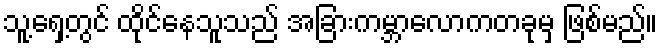
သူ့ရှေ့တွင် ထိုင်နေသူသည် အခြားကမ္ဘာလောကတခုမှ ဖြစ်မည်။